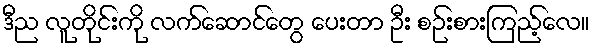
ဒီည လူတိုင်းကို လက်ဆောင်တွေ ပေးတာ ဦး စဉ်းစားကြည့်လေ။